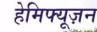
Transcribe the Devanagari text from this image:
हेमिफ्यूज़न